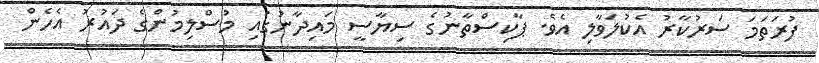
ފުރަތަމަ ސަރުކާރު އެކުލަވާލި އެވެ. ޕާކިސްތާނުގެ ސިޔާސީ މައިދާނުގައި މުސްލިމުންގެ ދައުރު އެހެން